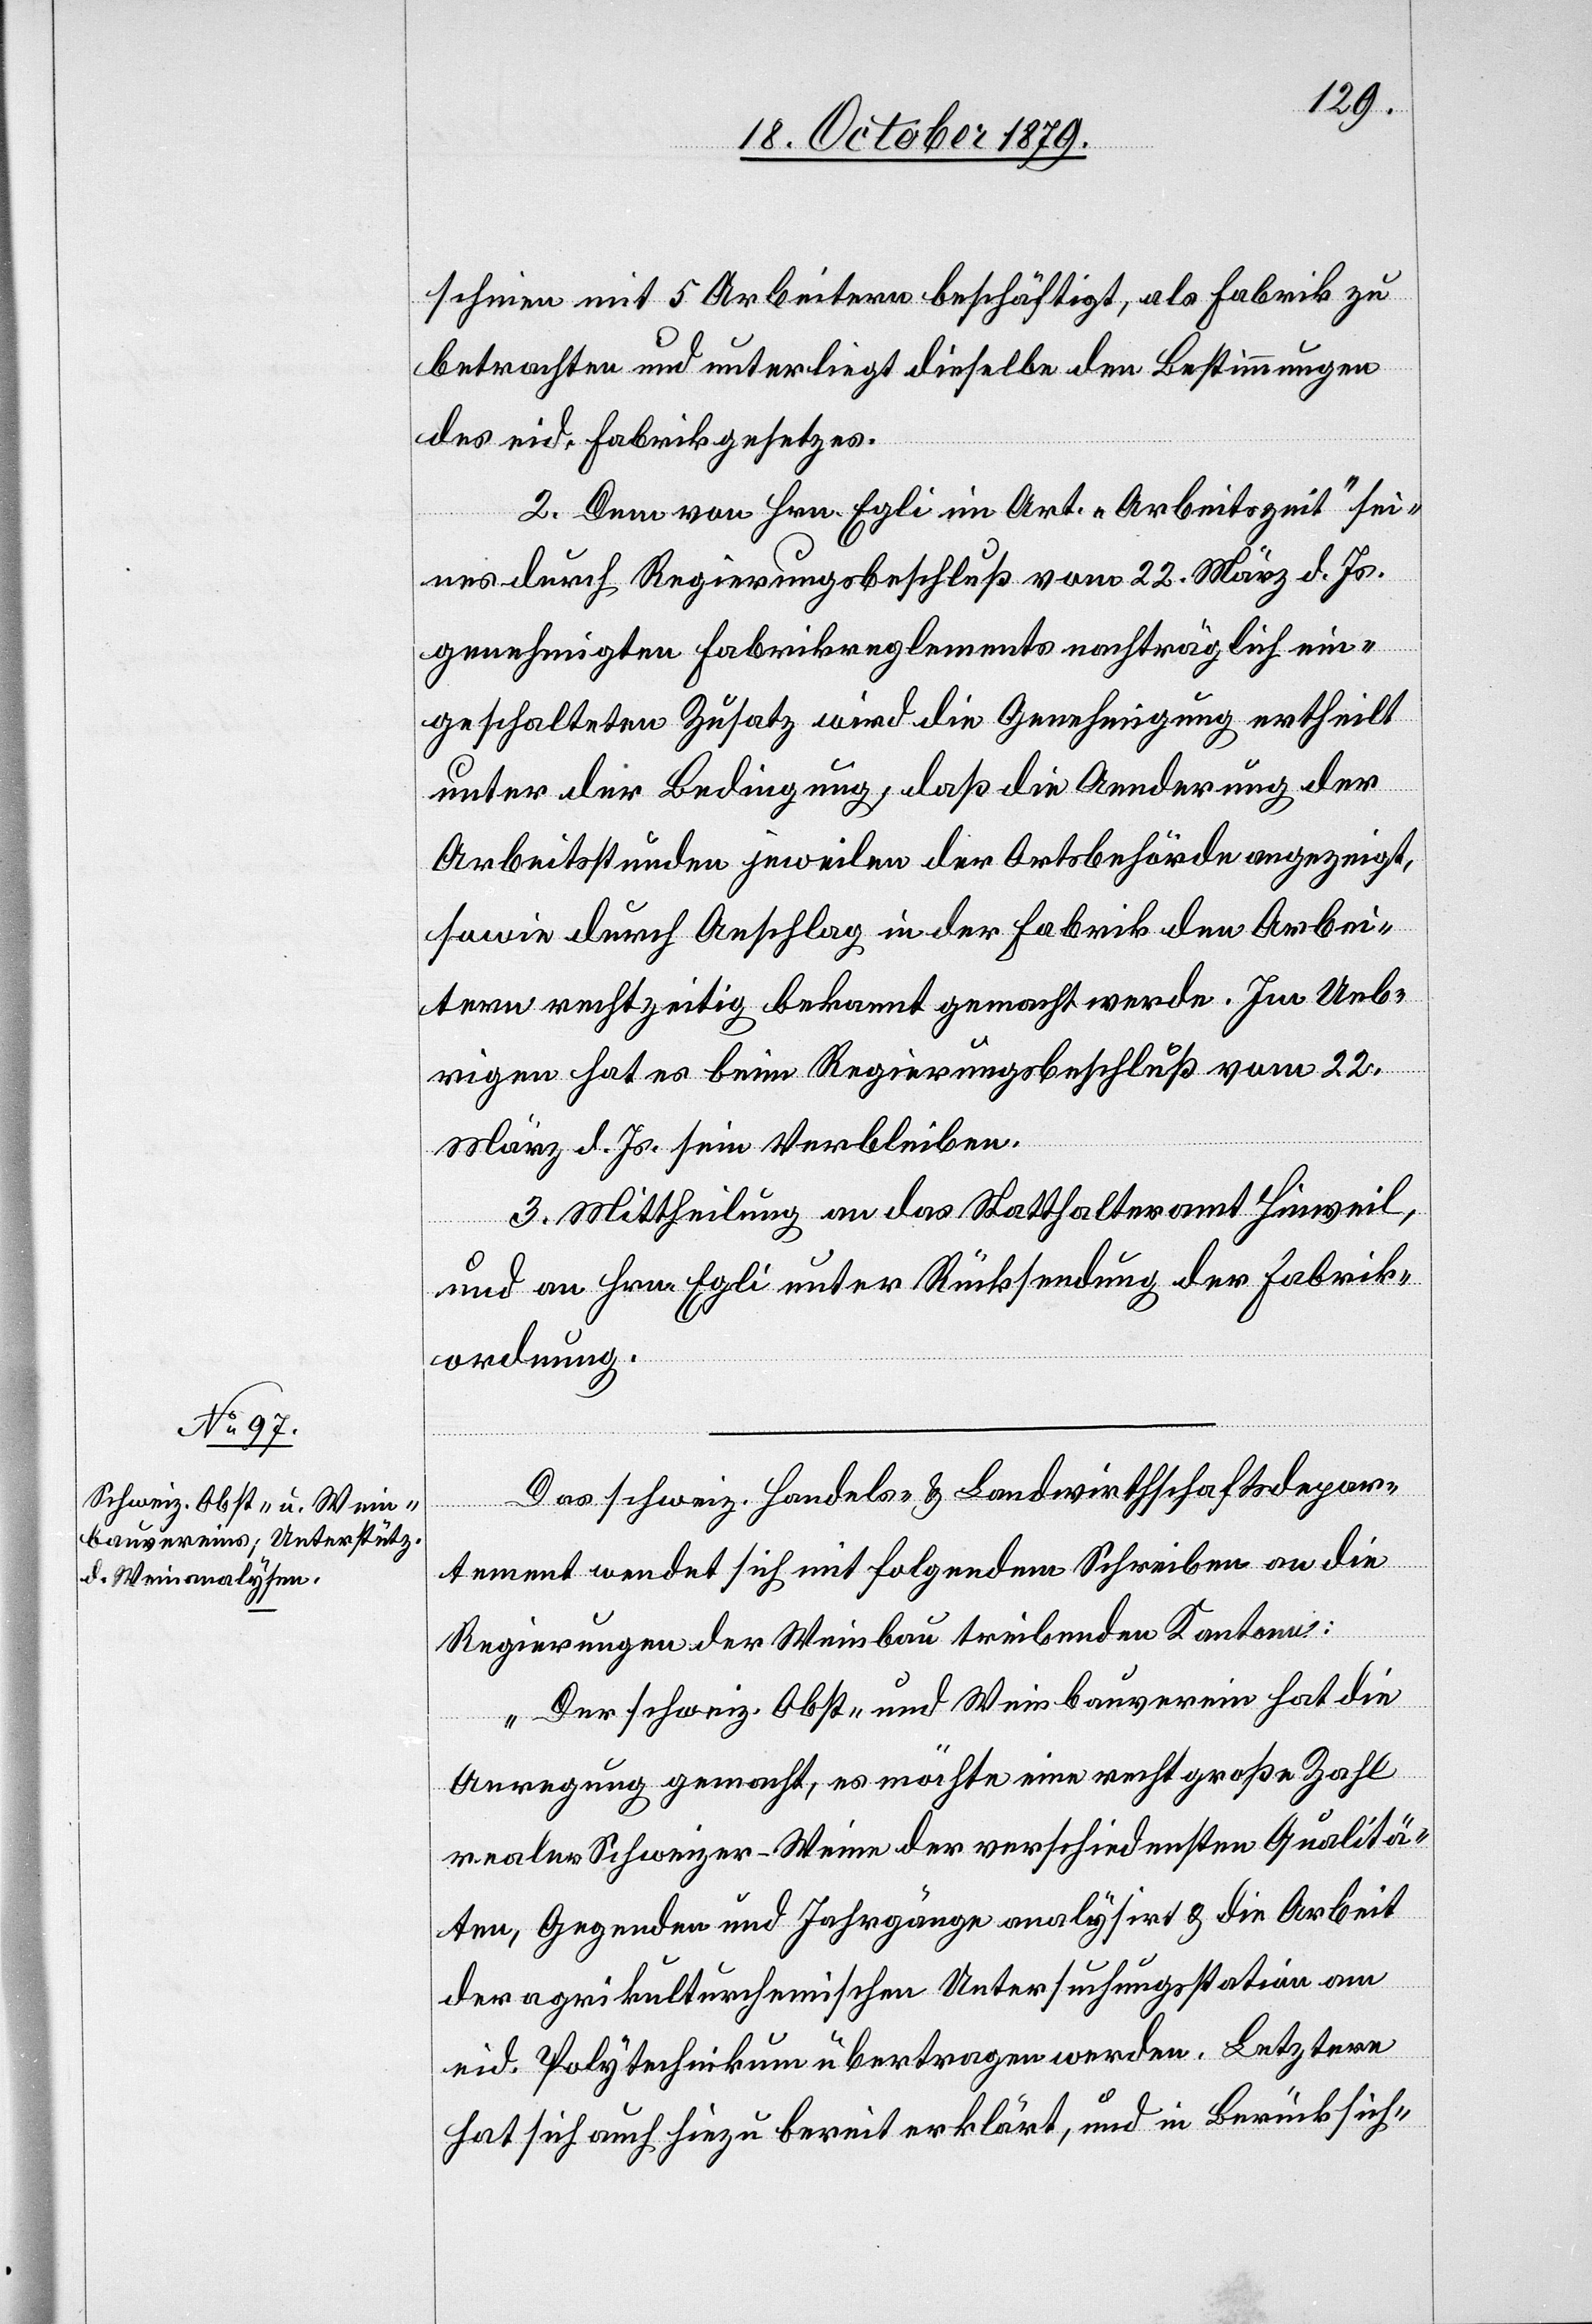
schinen mit 5 Arbeitern (beschäftigt, als Fabrik zu
betrachten und unterliegt dieselbe den Bestimmungen
des eid. Fabrikgesetzes.
2. Dem von Hrn. Egli im Art. „Arbeitszeit“ sei¬
nes durch Regierungsbeschluß vom 22. März d. Js.
genehmigten Fabrikreglements nachträglich ein¬
geschalteten Zusatz wird die Genehmigung ertheilt
unter der Bedingung, daß die Aenderung der
Arbeitsstunden jeweilen der Ortsbehörde angezeigt,
sowie durch Anschlag in der Fabrik den Arbei¬
tern rechtzeitig bekannt gemacht werde. Im Ueb¬
rigen hat es beim Regierungsbeschluß vom 22.
März d. Js. sein Verbleiben.
3. Mittheilung an das Statthalteramt Hinweil
und an Hrn. Egli unter Rückforderung der Fabrik¬
ordnung.
Das schweiz. Handels- & Landwirthschaftsdepar¬
tement wendet sich mit folgendem Schreiben an die
Regierungen der Weinbau treibenden Kantone:
„Der schweiz. Obst- und Weinbauverein hat die
Anregung gemacht, es möchte eine recht große Zahl
realer Schweizer-Weine der verschiedensten Qualitä¬
ten, Gegenden und Jahrgängen analysirt & die Arbeit
der agrikulturchemischen Untersuchungsstation am
eid. Polytechnikum übertragen werden. Letztere
hat sich auch hiezu bereit erklärt, und in Berücksich-